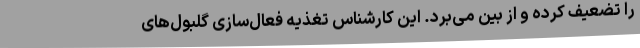
را تضعیف کرده و از بین می‌برد. این کارشناس تغذیه فعال‌سازی گلبول‌های